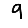
Digit: 9